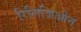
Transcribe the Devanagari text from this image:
रिलिजिओन